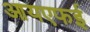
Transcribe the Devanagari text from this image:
आयएफई